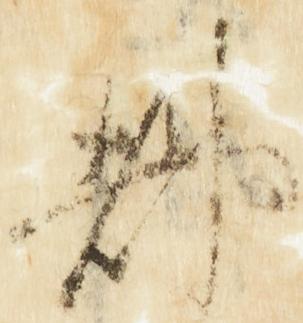
都